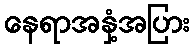
နေရာအနှံ့အပြား